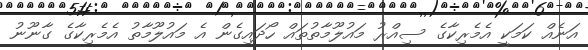
އަނެއް ކަމަކީ އެމެރިކާގެ ސިއްރު މައުލޫމާތުތައް ހޯދައިގެން އެ މައުލޫމާތު އެމެރިކާގެ ގާނޫނު